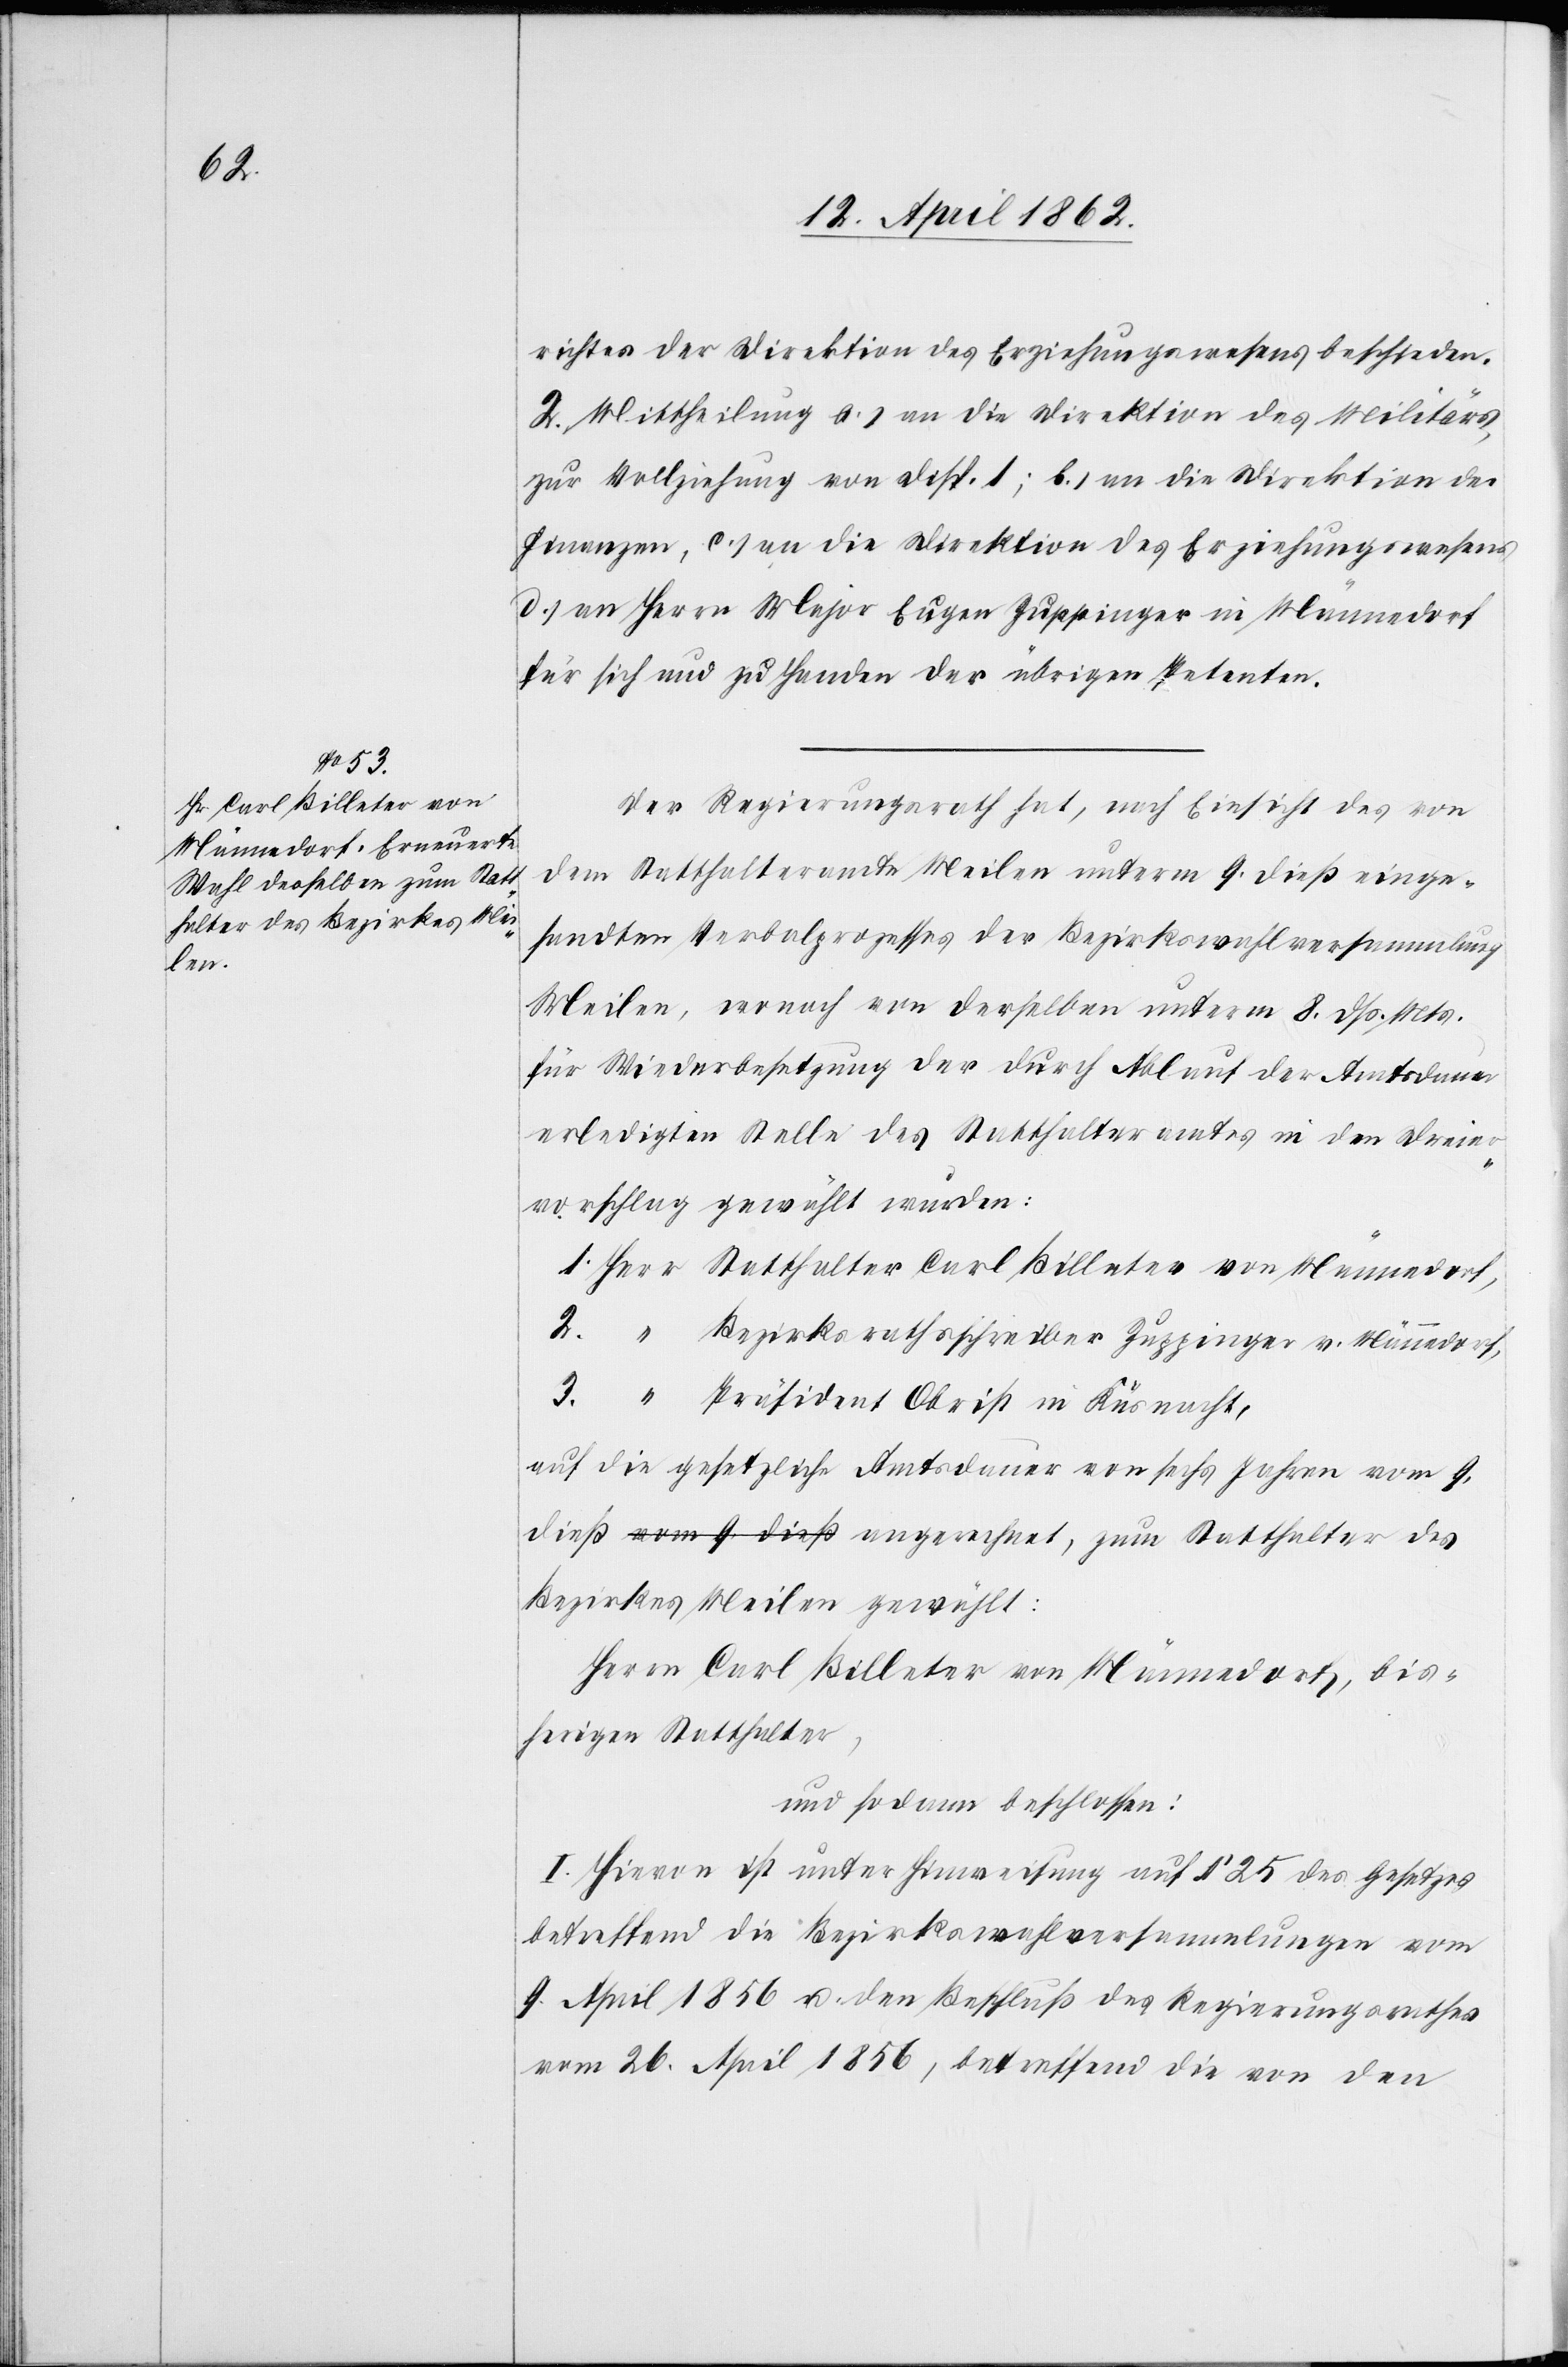
3.

richtes der Direktion des Erziehungswesens beschieden.
2. Mittheilung a) an die Direktion des Militärs,
zur Vollziehung von Disp. I; b) an die Direktion der
Finanzen, c) an die Direktion des Erziehungswesens,
d) an Herrn Major Eugen Zuppinger in Männedorf
für sich und zu Handen der übrigen Petenten.
Der Regierungsrath hat, nach Einsicht des von
dem Statthalteramte Meilen unterm 9. dieß einge¬
sandten Verbalprozesses der Bezirkswahlversammlung
Meilen, wonach ein derselben unterm 8. dß. Mts.
für Wiederbesetzung der durch Ablaut der Amtsdauer
erledigten Stelle des Statthalteramtes in den Dreier¬
vorschlag gewählt würden:
Statthalter Carl Billeter von Männedorf,
Präsident Obrist in Küsnacht,
auf die gesetzliche Amtsdauer von sechs Jahren vom 9.
Bezirkes Meilen gewählt:
Herrn Carl Billeter von Männedorf, bis¬
herigen Statthalter,
und sodann beschlossen:
I. Hievon ist unter Hinweisung auf § 25 des Gesetzes
betreffend die Bezirkswahlversammlungen vom
9. April 1856 u. den Beschluß des Regierungsrathes
vom 26. April 1856, betreffend die von den